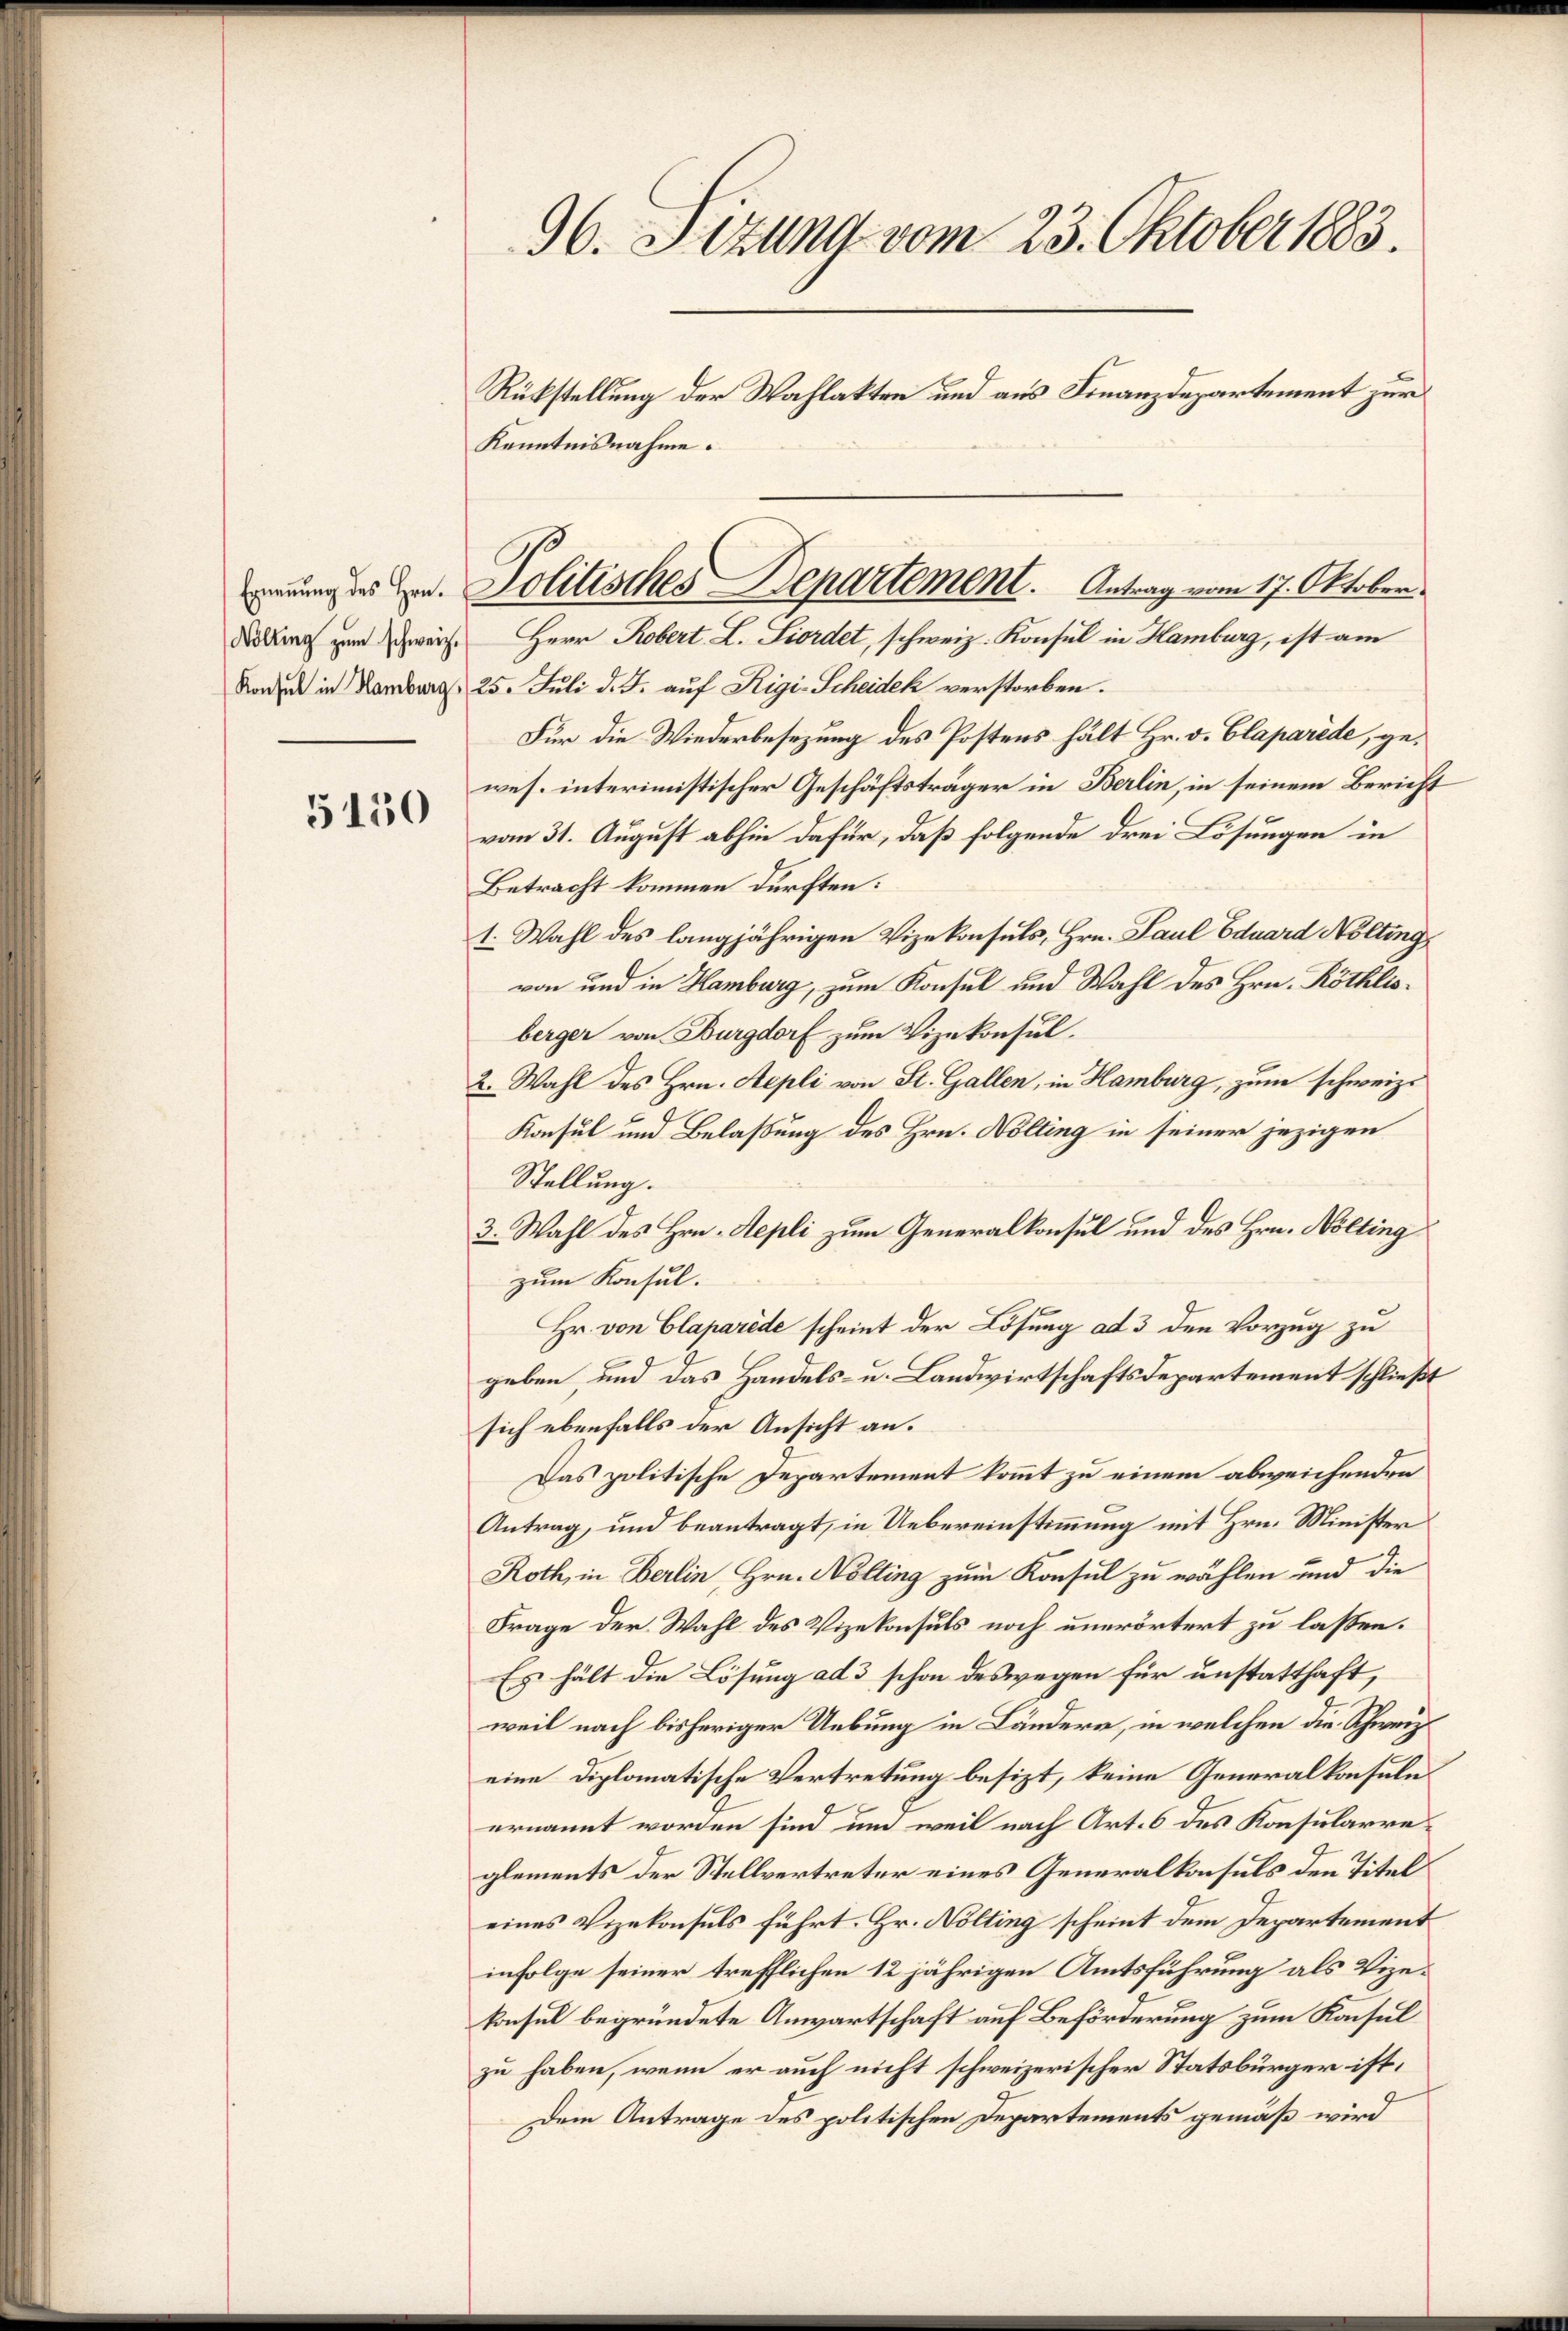
5150

dorf zum Zwei Herr Robert. L. Liordet, schweiz. Konsul in Hamburg, ist am
Konsul in Hamburg. 25. Juli d. J. auf Rigi-Scheidek verstorben.
Für die Wiederbesezung des Postens hält Hr. v. Claparide, gewes. interimistischer Geschäftsträger in Berlin, in seinem Bericht
vom 31. August abhin dafür, daß folgende drei Lösungen in
Betracht kommen dürften:
1. Wahl des langjährigen Vizekonsuls, Hrn. Paul Eduard Nölting
von und in Hamburg, zum Konsul und Wahl des Hrn. Röthlisberger von Burgdorf zum Vizekonsul.
2. Wahl des Hrn. Sepli von St. Gallen, in Hamburg, zum schweiz.
Konsul und Belassung des Hrn. Wolling in seiner jezigen
Stellung.
3. Wahl des Hrn. Aepli zum Generalkonsul und des Hrn. Nölting
zum Konsul.
Hr. von Claparède scheint der Lösung ad 3 den Vorzug zu
geben, und das Handels- u. Landwirtschaftsdepartement schließt
sich ebenfalls der Ansicht an.
Das politische Departement kommt zu einem abweichenden
Antrag, und beantragt, in Uebereinstimmung mit Hrn. Minister
Roth, in Berlin, Hrn. Nölting zum Konsul zu wählen und die
Frage der Wahl des Vizekonsuls noch unerörtert zu lassen.
Es hält die Lösung ad 3 schon deswegen für unstatthaft,
weil nach bisheriger Uebung in Ländern, in welchen die Schweiz.
eine Diplomatische Vertretung besizt, keine Generalkonsule
ernannt worden sind um weil nach Art. 6 des Konsularreglements der Stellvertreter eines Generalkonsuls den Titel
eines Vizekonsuls führt. Hr. Nölting scheint dem Departement
infolge seiner trefflichen 12 jährigen Amtsführung als Vizekonsul begründete Anwartschaft auf Beförderung zum Konsul
zu haben, wenn er auch nicht schweizerischer Statsbürger ist,
Dem Antrage des politischen Departements gemäß wird

96. Fizung vom 23. Oktober 1883.
Rükstellung der Wahlakten und aus Finanzdepartement zur
Kenntnisnahme.

euung der Hr. Politisches Departement. Antrag vom 17. Oktober.